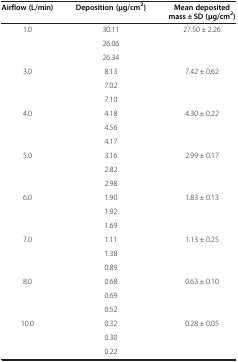
<table><thead><tr><td><b>Airflow (L/min)</b></td><td><b>Deposition (μg/cm<sup>2</sup>)</b></td><td><b>Mean deposited mass ± SD (μg/cm<sup>2</sup>)</b></td></tr></thead><tbody><tr><td rowspan="3">1.0</td><td>30.11</td><td rowspan="3">27.50 ± 2.26</td></tr><tr><td>26.06</td></tr><tr><td>26.34</td></tr><tr><td rowspan="3">3.0</td><td>8.13</td><td rowspan="3">7.42 ± 0.62</td></tr><tr><td>7.02</td></tr><tr><td>7.10</td></tr><tr><td rowspan="3">4.0</td><td>4.18</td><td rowspan="3">4.30 ± 0.22</td></tr><tr><td>4.56</td></tr><tr><td>4.17</td></tr><tr><td rowspan="3">5.0</td><td>3.16</td><td rowspan="3">2.99 ± 0.17</td></tr><tr><td>2.82</td></tr><tr><td>2.98</td></tr><tr><td rowspan="3">6.0</td><td>1.90</td><td rowspan="3">1.83 ± 0.13</td></tr><tr><td>1.92</td></tr><tr><td>1.69</td></tr><tr><td rowspan="3">7.0</td><td>1.11</td><td rowspan="3">1.13 ± 0.25</td></tr><tr><td>1.38</td></tr><tr><td>0.89</td></tr><tr><td rowspan="3">8.0</td><td>0.68</td><td rowspan="3">0.63 ± 0.10</td></tr><tr><td>0.69</td></tr><tr><td>0.52</td></tr><tr><td rowspan="3">10.0</td><td>0.32</td><td rowspan="3">0.28 ± 0.05</td></tr><tr><td>0.30</td></tr><tr><td>0.22</td></tr></tbody></table>